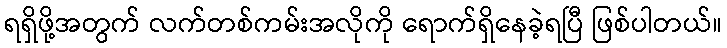
ရရှိဖို့အတွက် လက်တစ်ကမ်းအလိုကို ရောက်ရှိနေခဲ့ရပြီ ဖြစ်ပါတယ်။